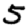
Digit: 5